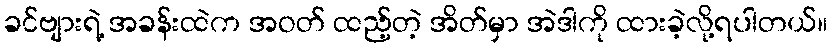
ခင်ဗျားရဲ့ အခန်းထဲက အဝတ် ထည့်တဲ့ အိတ်မှာ အဲဒါကို ထားခဲ့လို့ရပါတယ်။